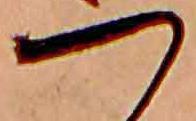
つ